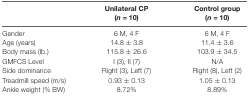
<table><thead><tr><td></td><td><b>Unilateral CP (<i>n</i> = 10)</b></td><td><b>Control group (<i>n</i> = 10)</b></td></tr></thead><tbody><tr><td>Gender</td><td>6 M, 4 F</td><td>6 M, 4 F</td></tr><tr><td>Age (years)</td><td>14.8 ± 3.8</td><td>11.4 ± 3.6</td></tr><tr><td>Body mass (lb.)</td><td>115.8 ± 26.6</td><td>103.9 ± 34.5</td></tr><tr><td>GMFCS Level</td><td>I (3), II (7)</td><td>N/A</td></tr><tr><td>Side dominance</td><td>Right (3), Left (7)</td><td>Right (8), Left (2)</td></tr><tr><td>Treadmill speed (m/s)</td><td>0.93 ± 0.13</td><td>1.05 ± 0.13</td></tr><tr><td>Ankle weight (% BW)</td><td>8.72%</td><td>8.89%</td></tr></tbody></table>